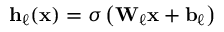
\mathbf { h } _ { \ell } ( \mathbf { x } ) = \sigma \left( \mathbf { W } _ { \ell } \mathbf { x } + \mathbf { b } _ { \ell } \right)